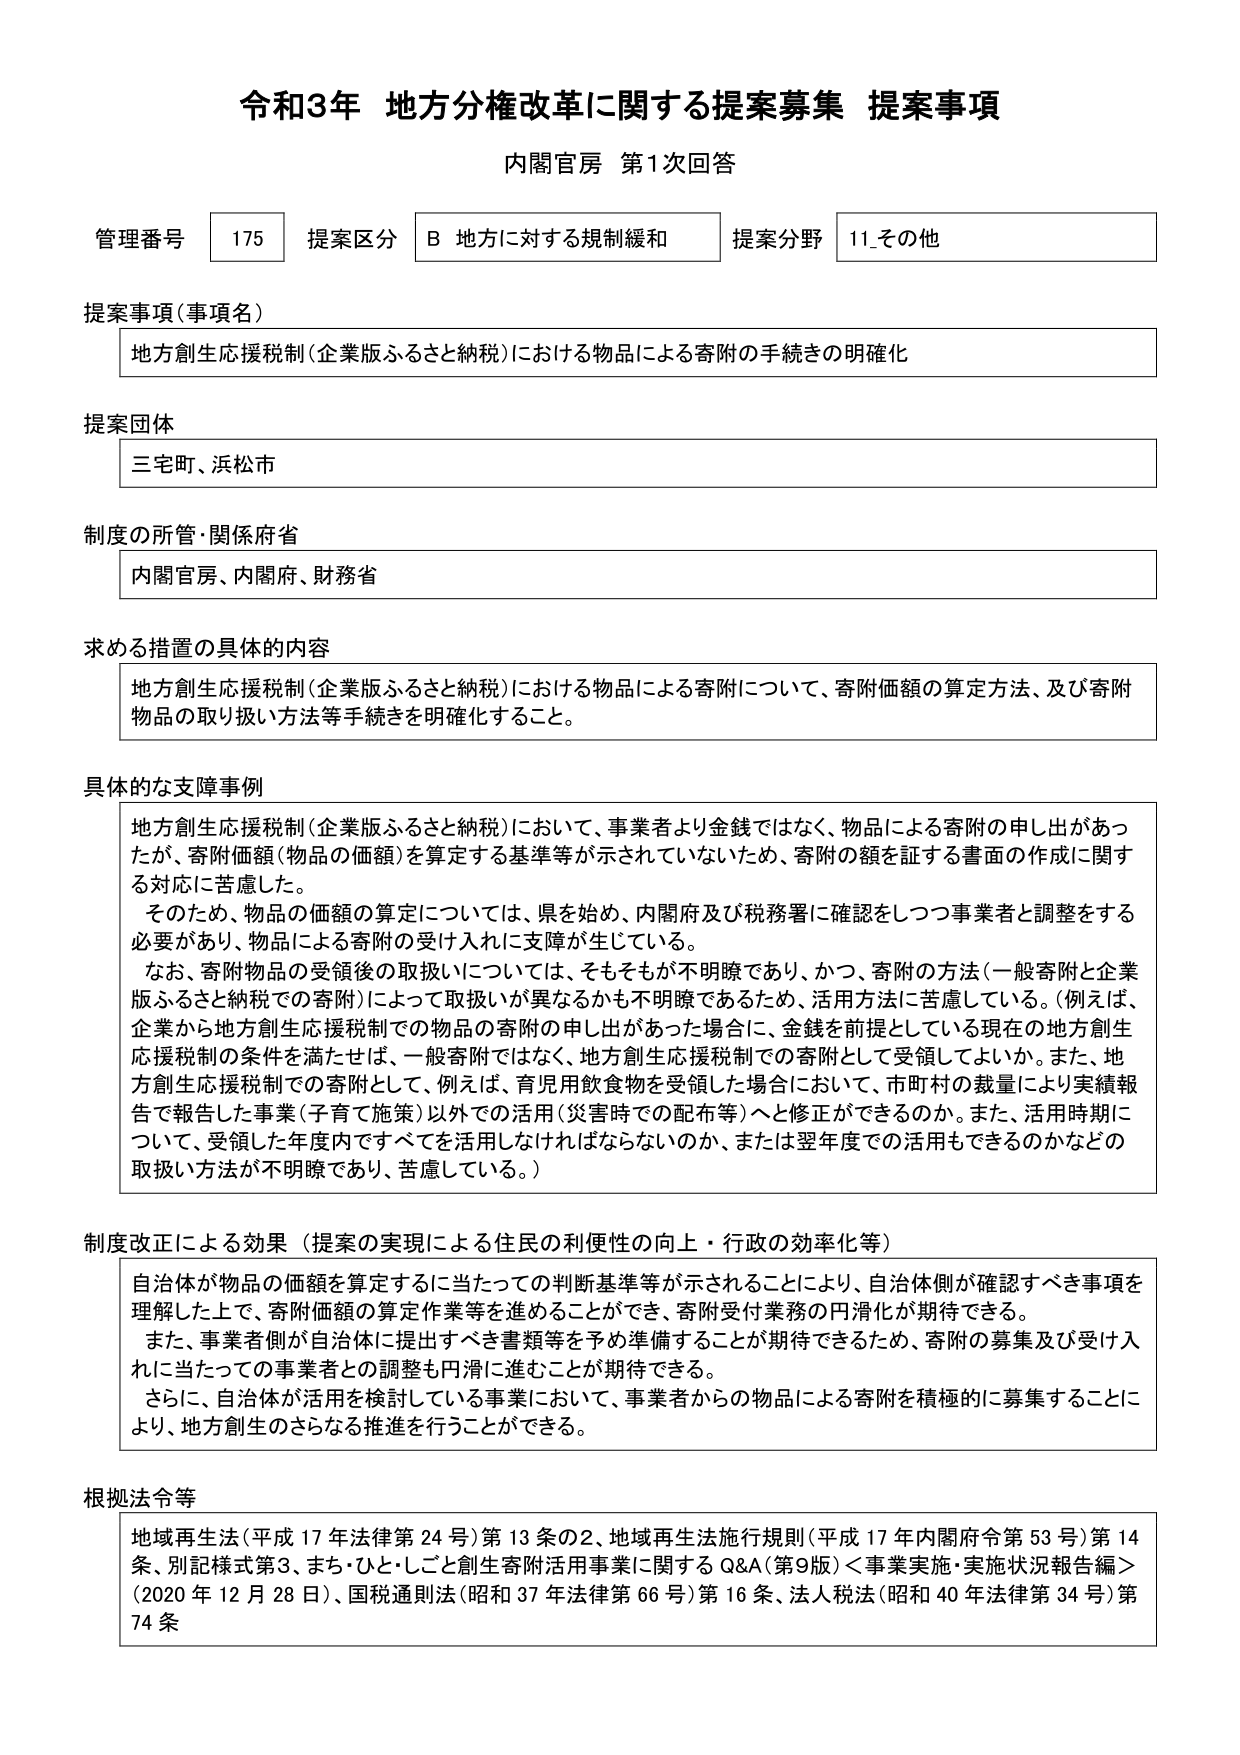
令和3年 地方分権改革に関する提案募集 提案事項
内閣官房 第1次回答

管理番号 175 提案区分 B 地方に対する規制緩和 提案分野 11_その他

提案事項（事項名）
地方創生応援税制（企業版ふるさと納税）における物品による寄附の手続きの明確化

提案団体
三宅町、浜松市

制度の所管・関係府省
内閣官房、内閣府、財務省

求める措置の具体的内容
地方創生応援税制（企業版ふるさと納税）における物品による寄附について、寄附価額の算定方法、及び寄附物品の取り扱い方法等手続きを明確化すること。

具体的な支障事例
地方創生応援税制（企業版ふるさと納税）において、事業者より金銭ではなく、物品による寄附の申し出があったが、寄附価額（物品の価額）を算定する基準等が示されていないため、寄附の額を証する書面の作成に関する対応に苦慮した。
そのため、物品の価額の算定については、県を始め、内閣府及び税務署に確認をしつつ事業者と調整をする必要があり、物品による寄附の受け入れに支障が生じている。
なお、寄附物品の受領後の取扱いについては、そもそもが不明瞭であり、かつ、寄附の方法（一般寄附と企業版ふるさと納税での寄附）によって取扱いが異なるかも不明瞭であるため、活用方法に苦慮している。（例えば、企業から地方創生応援税制での物品の寄附の申し出があった場合に、金銭を前提としている現在の地方創生応援税制の条件を満たせば、一般寄附ではなく、地方創生応援税制での寄附として受領してよいか。また、地方創生応援税制での寄附として、例えば、育児用飲食物を受領した場合において、市町村の裁量により実績報告で報告した事業（子育て施策）以外での活用（災害時での配布等）へと修正ができるのか。また、活用時期について、受領した年度内ですべてを活用しなければならないのか、または翌年度での活用できるのかなどの取扱い方法が不明瞭であり、苦慮している。）

制度改正による効果（提案の実現による住民の利便性の向上・行政の効率化等）
自治体が物品の価額を算定するに当たっての判断基準等が示されることにより、自治体側が確認すべき事項を理解した上で、寄附価額の算定作業等を進めることができ、寄附受付業務の円滑化が期待できる。
また、事業者側が自治体に提出すべき書類等を予め準備することが期待できるため、寄附の募集及び受け入れに当たっての事業者との調整も円滑に進むことが期待できる。
さらに、自治体が活用を検討している事業において、事業者からの物品による寄附を積極的に募集することにより、地方創生のさらなる推進を行うことができる。

根拠法令等
地域再生法（平成17年法律第24号）第13条の2、地域再生法施行規則（平成17年内閣府令第53号）第14条、別記様式第3、まち・ひと・しごと創生寄附活用事業に関するQ&A（第9版）＜事業実施・実施状況報告編＞（2020年12月28日）、国税通則法（昭和37年法律第66号）第16条、法人税法（昭和40年法律第34号）第74条